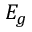
E _ { g }